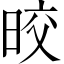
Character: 晈